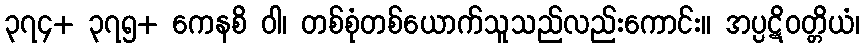
၃၇၄+ ၃၇၅+ ကေနစိ ဝါ၊ တစ်စုံတစ်ယောက်သူသည်လည်းကောင်း။ အပ္ပဋိဝတ္တိယံ၊